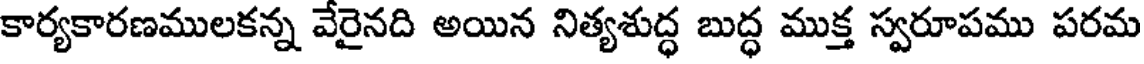
కార్యకారణములకన్న వేరైనది అయిన నిత్యశుద్ధ బుద్ధ ముక్త స్వరూపము పరమ